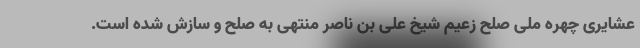
عشایری چهره ملی صلح زعیم شیخ علی بن ناصر منتهی به صلح و سازش شده است.